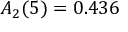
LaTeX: A _ { 2 } ( 5 ) = 0 . 4 3 6